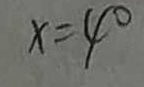
x = 4 ^ { \circ }